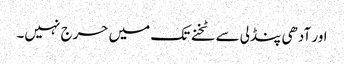
اور آدھی پنڈلی سے ٹخنے تک میں حرج نہیں۔